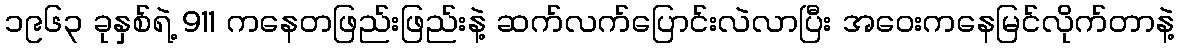
၁၉၆၃ ခုနှစ်ရဲ့ 911 ကနေတဖြည်းဖြည်းနဲ့ ဆက်လက်ပြောင်းလဲလာပြီး အဝေးကနေမြင်လိုက်တာနဲ့